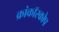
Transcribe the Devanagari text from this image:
क्रांकॉस्कोप